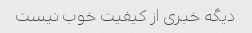
دیگه خبری از کیفیت خوب نیست